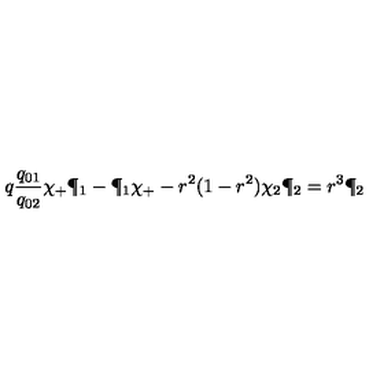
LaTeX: q { \frac { q _ { 0 1 } } { q _ { 0 2 } } } \chi _ { + } \P _ { 1 } - \P _ { 1 } \chi _ { + } - r ^ { 2 } ( 1 - r ^ { 2 } ) \chi _ { 2 } \P _ { 2 } = r ^ { 3 } \P _ { 2 }